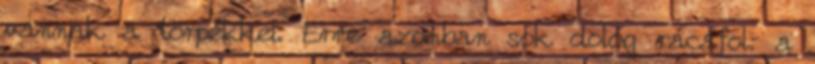
vannak a törpékkel. Erre azonban sok dolog rácáfol: a